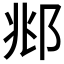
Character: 𫑜